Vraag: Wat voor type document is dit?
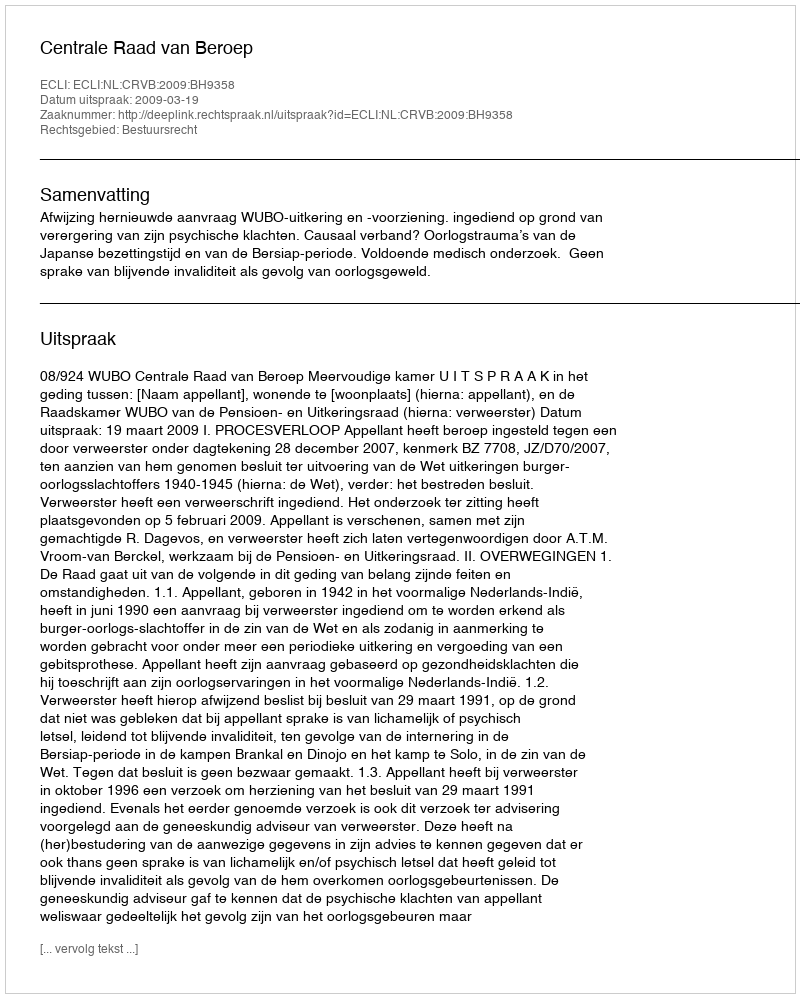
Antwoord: Uitspraak